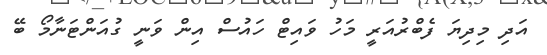
އަދި މިދިޔަ ފެބްރުއަރީ މަހު ވައިޓް ހައުސް އިން ވަނީ ގުއަންޓަނާމޯ ބޭ